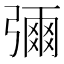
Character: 𭛅